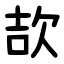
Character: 欯